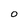
Character: O